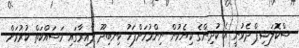
ސްކޮލަޝިޕް ދެވުނީ އެ ކުދިންގެ ކިޔެވުން ނިންމުމަށްފަހު ކިނބިދޫ ދާއިރާގައި މަސައްކަތް ކުރުމަށް